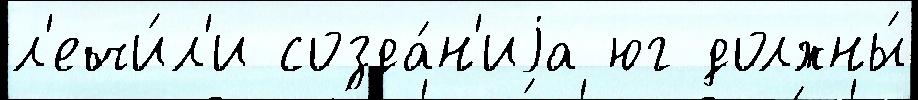
л'ечи́л'и созда́н'иjа юг должны́